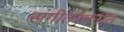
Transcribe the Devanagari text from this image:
संगीतरचनांत